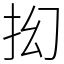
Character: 抝